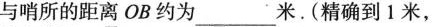
与哨所的距离OB约为___米。(精确到1米，